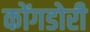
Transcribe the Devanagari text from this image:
कोंगडोरी